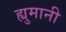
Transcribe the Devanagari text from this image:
ह्युमानी